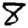
Digit: 8